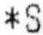
*S